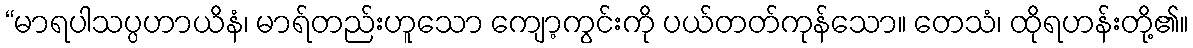
“မာရပါသပ္ပဟာယိနံ၊ မာရ်တည်းဟူသော ကျော့ကွင်းကို ပယ်တတ်ကုန်သော။ တေသံ၊ ထိုရဟန်းတို့၏။